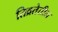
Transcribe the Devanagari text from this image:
तिव्रतेतील